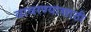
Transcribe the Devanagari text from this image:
वावरण्यासाठी